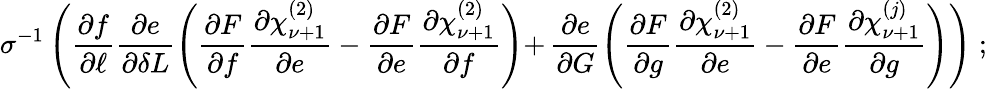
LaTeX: \sigma^{-1}\left(\frac{\partial f}{\partial\ell}\frac{\partial e}{\partial\delta L}\left(\frac{\partial F}{\partial f}\frac{\partial\chi_{\nu+1}^{(2)}}{\partial e}-\frac{\partial F}{\partial e}\frac{\partial\chi_{\nu+1}^{(2)}}{\partial f}\right)+\right.\left.\frac{\partial e}{\partial G}\left(\frac{\partial F}{\partial g}\frac{\partial\chi_{\nu+1}^{(2)}}{\partial e}-\frac{\partial F}{\partial e}\frac{\partial\chi_{\nu+1}^{(j)}}{\partial g}\right)\right)\; ;